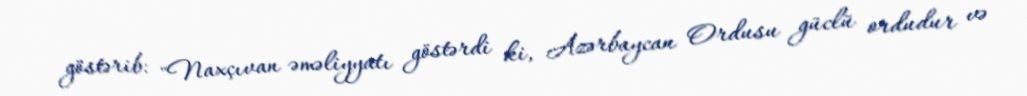
göstərib: "Naxçıvan əməliyyatı göstərdi ki, Azərbaycan Ordusu güclü ordudur və